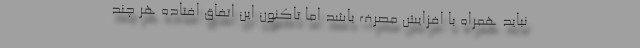
نباید همراه با افزایش مصرف باشد اما تاکنون این اتفاق افتاده هر چند